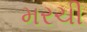
મરચી